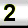
Digit: 2